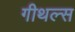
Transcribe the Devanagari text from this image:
गीथल्स